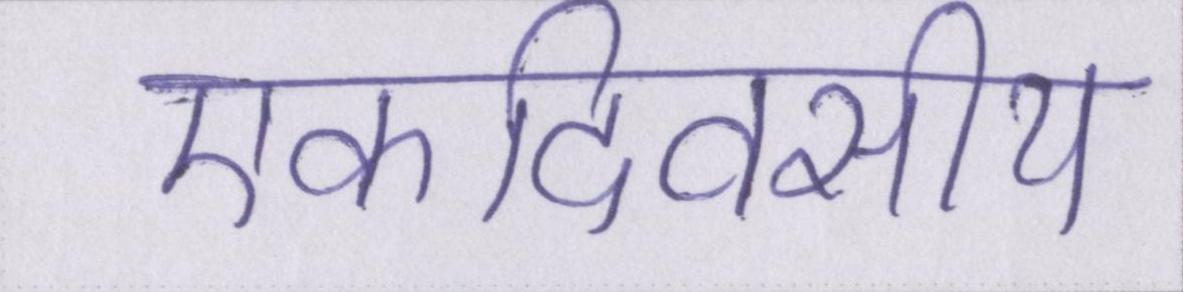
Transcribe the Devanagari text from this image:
एकदिवसीय